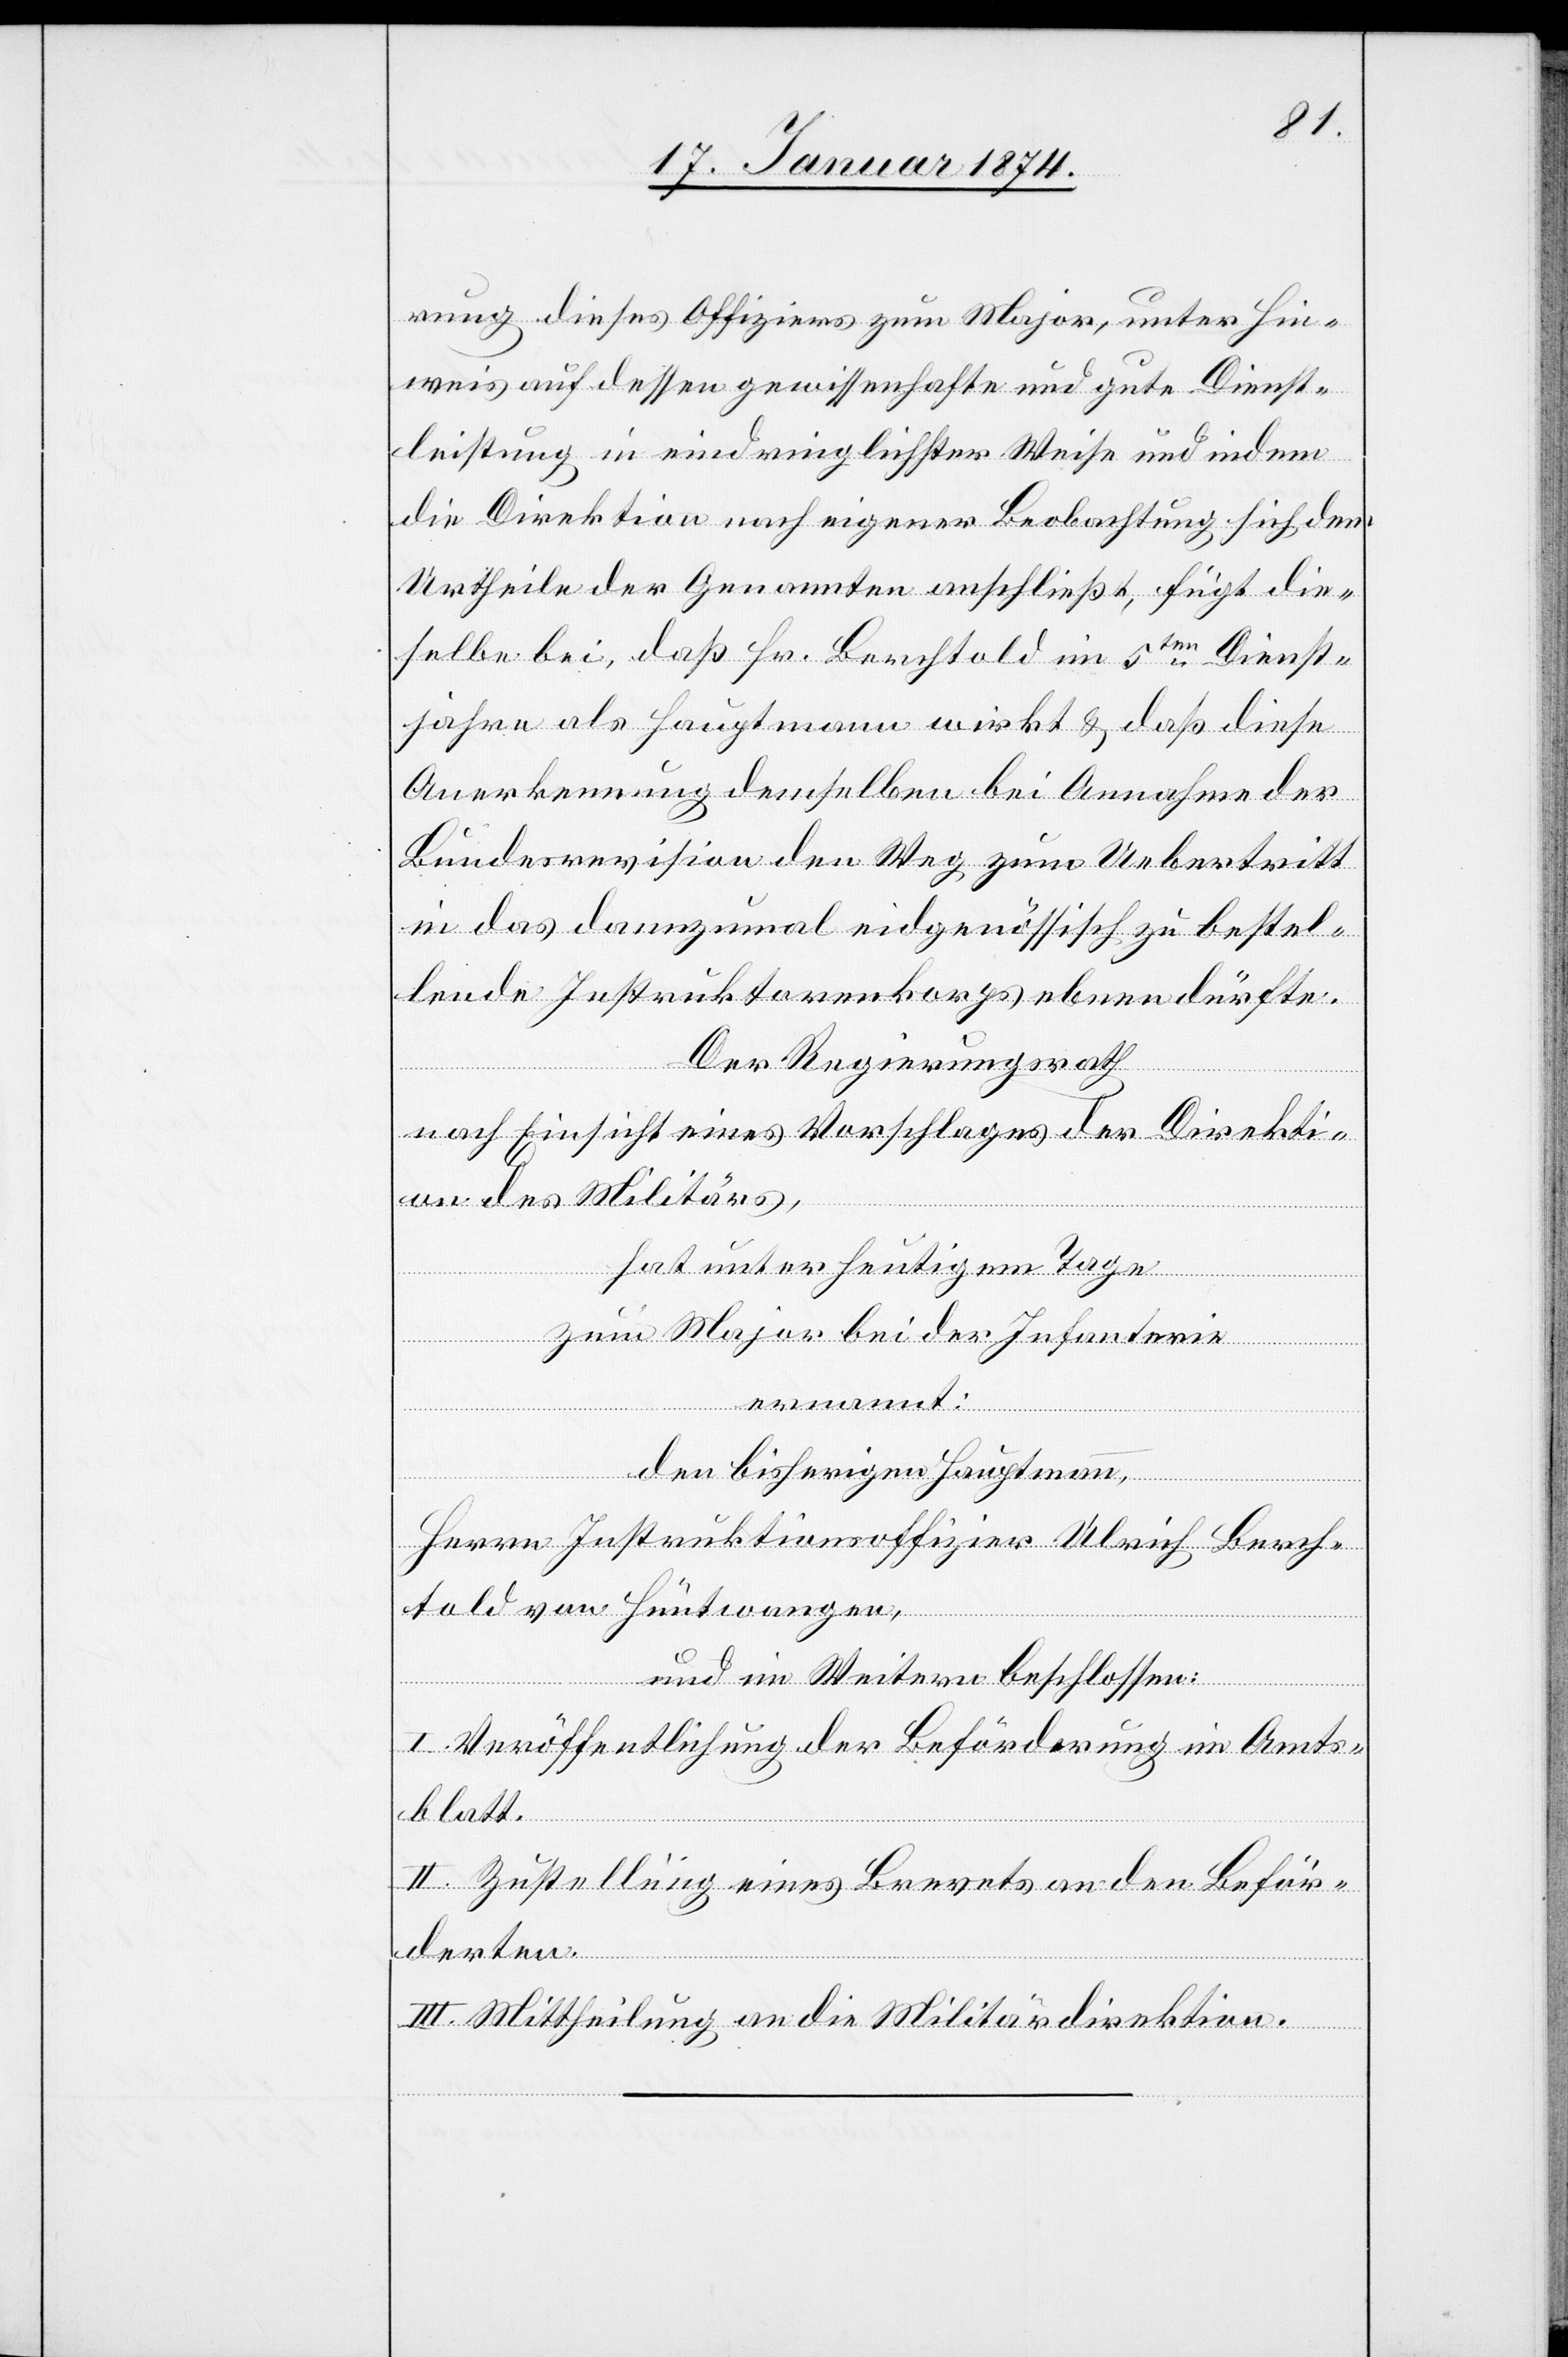
rung dieses Offiziers zum Major, unter Hin¬
weis auf dessen gewissenhafte und gute Dienst¬
leistung in eindringlichster Weise und indem
die Direktion nach eigener Beobachtung sich dem
Urtheile der Genannten anschließt, fügt die
selbe bei, daß Hr. Berchtold im 5ten Dienst¬
jahre als Hauptmann wirkt & daß diese
Anerkennung demselben bei Annahme der
Bundesrevision den Weg zum Uebertritt
in das demzumal eidgenössisch zu bestel¬
lende Instruktorenkorps ebnen dürfte.
Der Regierungsrath
nach Einsicht eines Vorschlages der Direkti¬
on des Militärs,
hat unter heutigem Tage
zum Major bei der Infanterie
ernannt:
den bisherigen Hauptmann,
Herrn Instruktionsoffizier Ulrich Berch¬
told von Hüntwangen,
und im Weitern beschlossen:
I. Veröffentlichung der Beförderung im Amts¬
blatt.
II. Zustellung eines Brevets an den Beför¬
derten.
III. Mittheilung an die Militärdirektion.